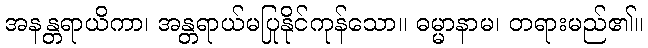
အနန္တရာယိကာ၊ အန္တရာယ်မပြုနိုင်ကုန်သော။ ဓမ္မာနာမ၊ တရားမည်၏။